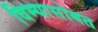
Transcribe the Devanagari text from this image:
विम्यासोबत